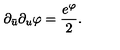
\partial _ { \bar { u } } \partial _ { u } \varphi = { \frac { e ^ { \varphi } } { 2 } } .